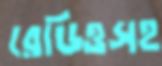
রেডিওসহ